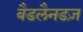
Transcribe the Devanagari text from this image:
बैडलैनडज़